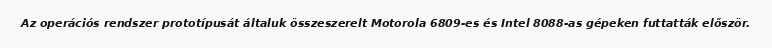
Az operációs rendszer prototípusát általuk összeszerelt Motorola 6809-es és Intel 8088-as gépeken futtatták először.